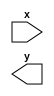
module x_case_statement (
    input wire x,
    output reg y
);

always @* begin
    case (x)
        2'b0?: y <= 1; // When x is 00
        2'b1?: y <= 0; // When x is 01
        2'b?0: y <= x; // When x is 10
        default: y <= 1'bX; // When x is 11 or any other value
    endcase
end

endmodule